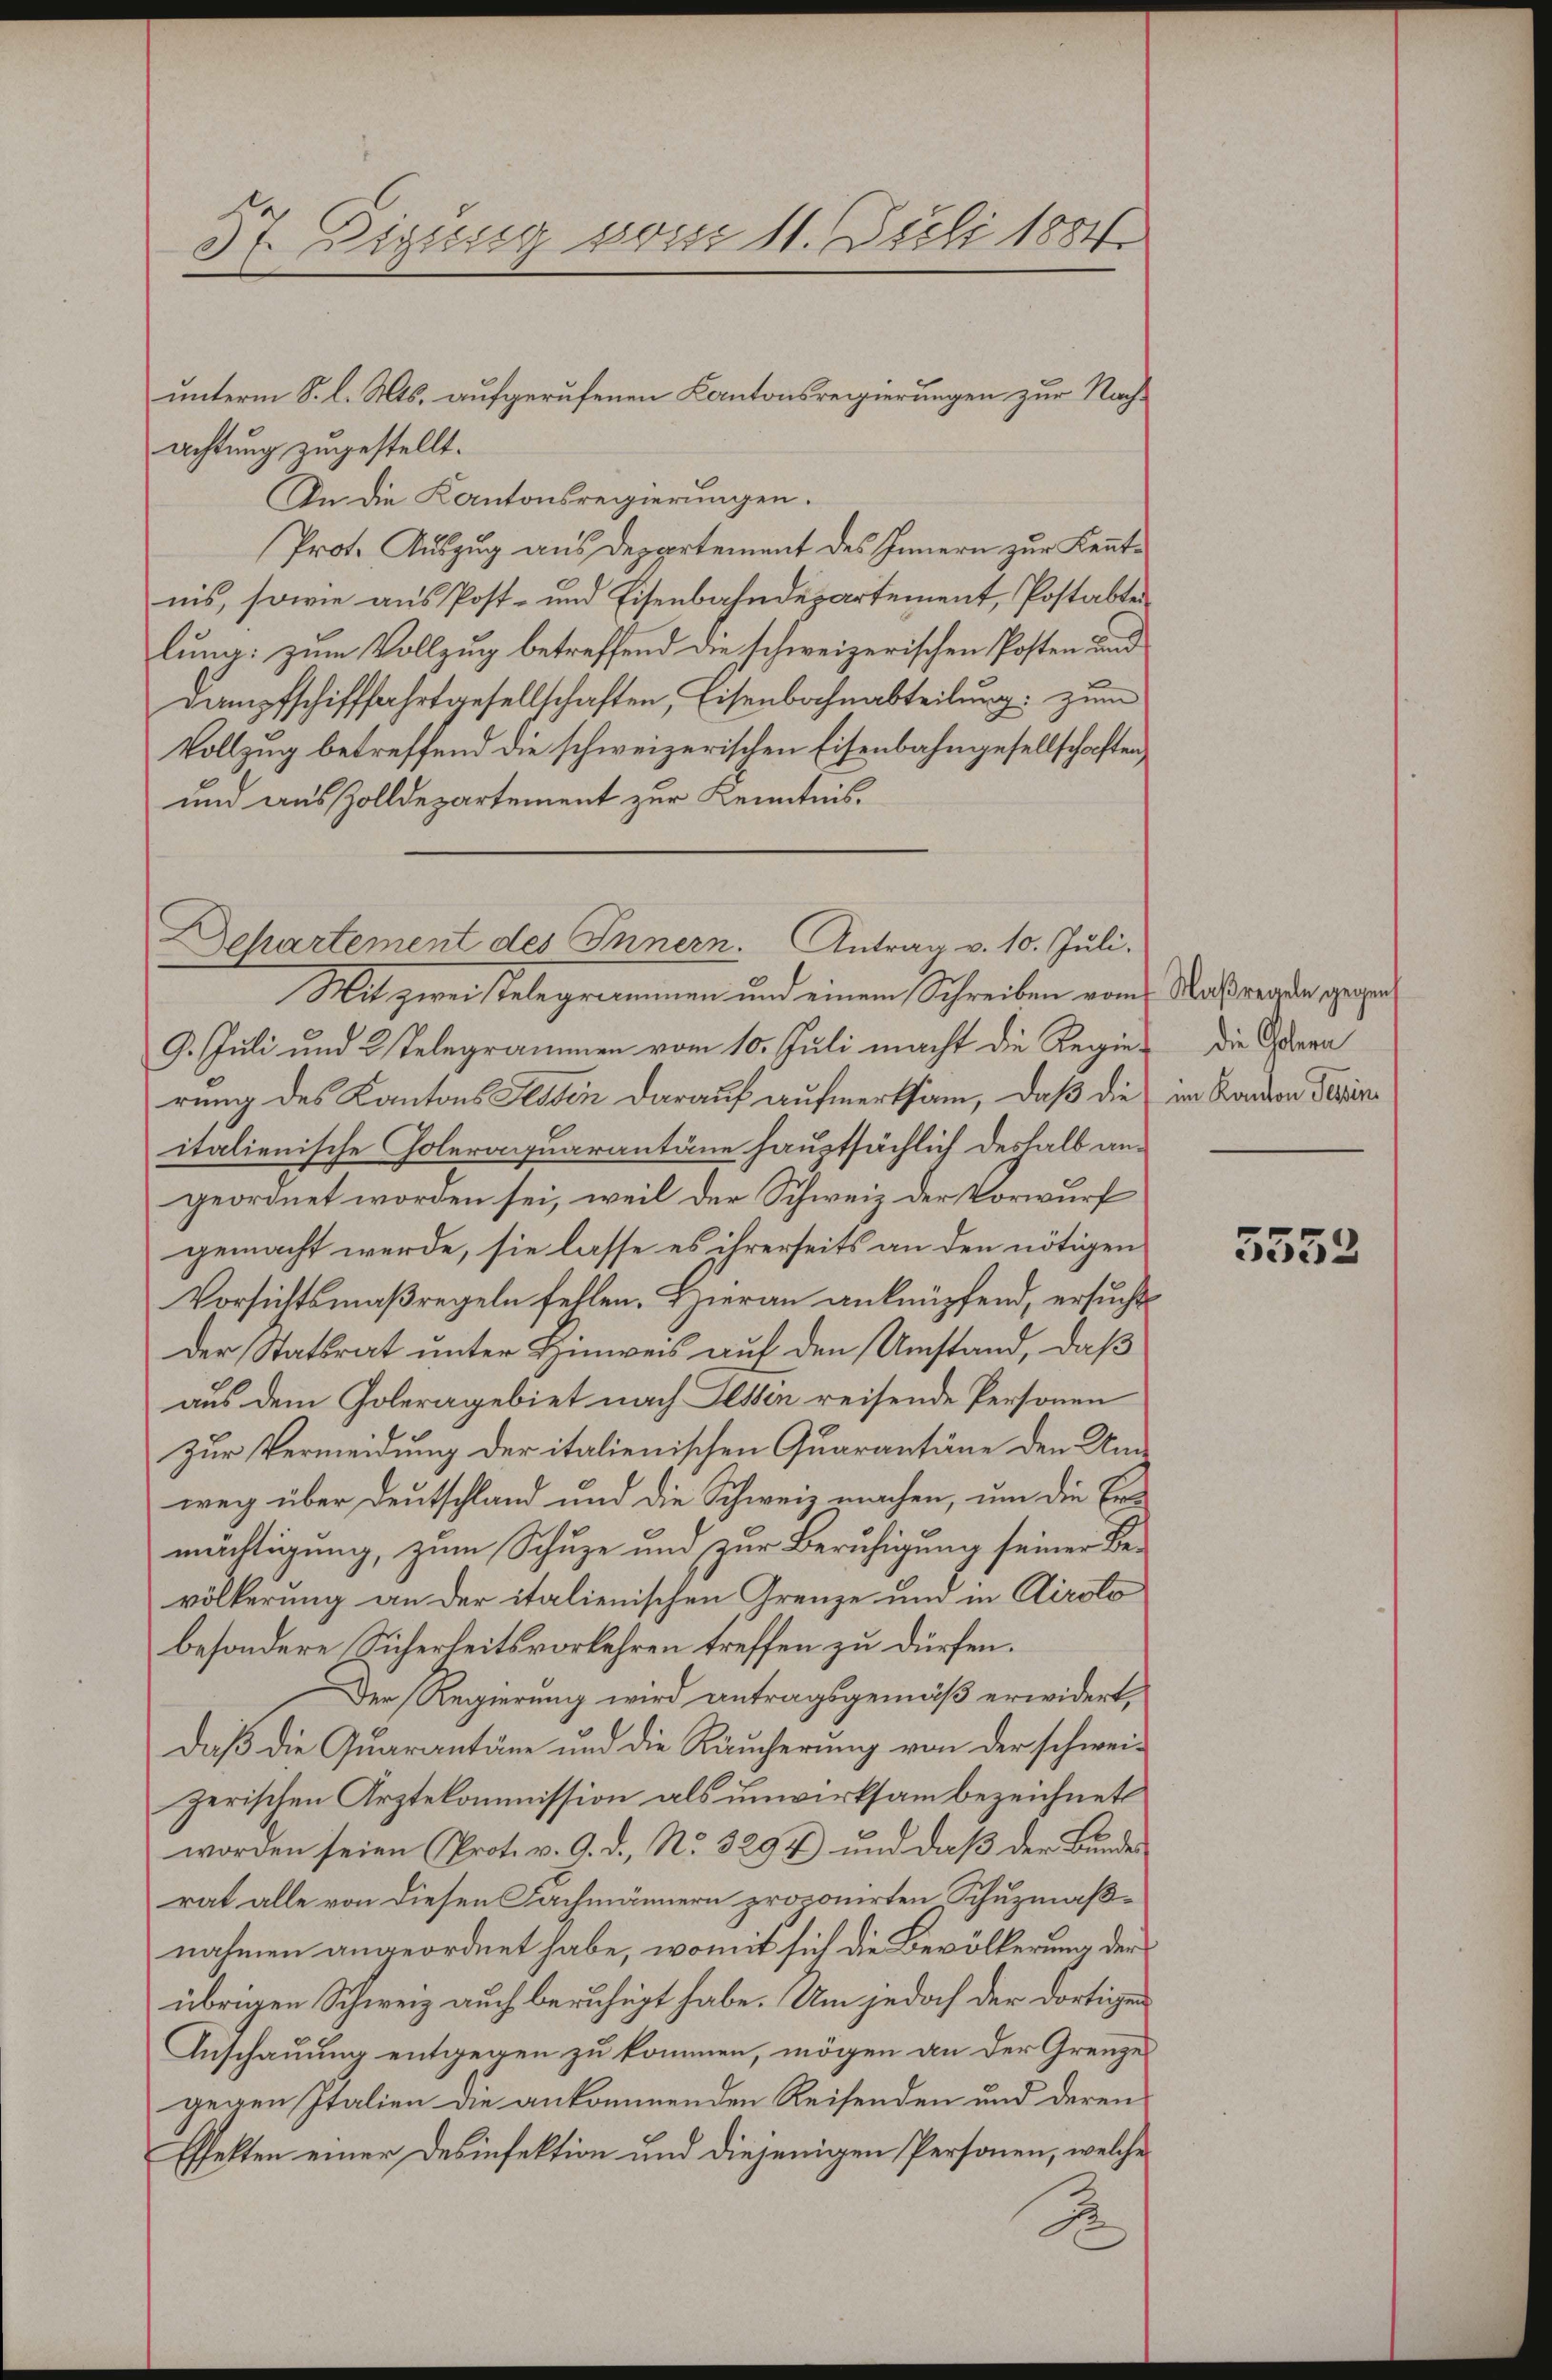
37. Digusig vom 11. Juli 1884

achtung zugestellt.
In die Kantonsregierungen.
Prot. Auszug aus Departement des Innern zur Kenntnis, sowie aus Post- und Eisenbahndepartement, Postabten
lung: zum Vollzug betreffend die schweizerischen Posten und
Dampfschifffahrtgesellschaften, Eisenbahnabteilung: zum
Vollzug betreffend die schweizerischen Eisenbahngesellschaften,
und aus Zolldepartement zur Kenntnis,

unterm 8. l. Mts. aufgerufenen Kantonsregierungen zur Nach¬

Departement des Innern. Antrag v. 10. Juli.

Mit zwei Telegrammen und einem Schreiben vom
9. Juli und 2 Telegrammen vom 10. Juli macht die Regierung des Kantons Atten darauf aufmerksam, daß die im Kanton Terrinitalienische Coleraquarantäne hauptsächlich deshalb angeordnet worden sei, weil der Schweiz der Vorwurf
gemacht werde, sie lasse es ihrerseits an den nötigen
Vorsichtsmaßregeln fellen. Hieran anknüpfend, ersucht
Der Statsrat unter Hinweis auf den Umstand, daß
aus dem Poleragebiet nach Hessen reisende Personen
Zur Vermeidung der italienischen Quarantäne den Unweg über Deutschland und die Schweiz machen, um die Ermächtigung, zum Schuze und zur Beruhigung seiner Bevölkerung an der italienischen Grenze und in Airolo
besondere Sicherheitsvorkehren treffen zu dürfen.
Der Regierung wird antragsgemäß erwidert,
Daß die Quarantäne und die Räucherung von der schwei-
zerischen Arztekommission als unwirksam bezeichnet
worden seien (Prot. v. 9. d., No. 3294) und daß der Bunde
rat alle von diesen Fachmännern proponirten Schuzmaßnahmen angeordnet habe, womit sich die Bevölkerung der
übrigen Schweiz auch beruhigt habe. Um jedoch der dortigen
Anschauung entgegen zu kommen, mögen an der Grenzes
gegen Italien die ankommenden Reisenden und deren
Effekten einer Desinfektion und diejenigen Personen, welche
S

Maßregeln gegen
die Golera

5552